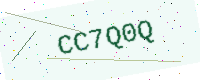
Text: CC7Q0Q